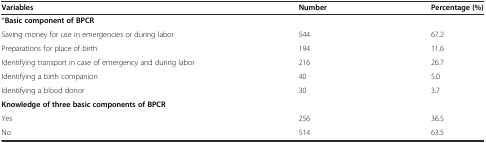
<table><thead><tr><td><b>Variables</b></td><td><b>Number</b></td><td><b>Percentage (%)</b></td></tr></thead><tbody><tr><td>*<b>Basic component of BPCR</b></td><td></td><td></td></tr><tr><td>Saving money for use in emergencies or during labor</td><td>544</td><td>67.2</td></tr><tr><td>Preparations for place of birth</td><td>194</td><td>11.6</td></tr><tr><td>Identifying transport in case of emergency and during labor</td><td>216</td><td>26.7</td></tr><tr><td>Identifying a birth companion</td><td>40</td><td>5.0</td></tr><tr><td>Identifying a blood donor</td><td>30</td><td>3.7</td></tr><tr><td><b>Knowledge of three basic components of BPCR</b></td><td></td><td></td></tr><tr><td>Yes</td><td>256</td><td>36.5</td></tr><tr><td>No</td><td>514</td><td>63.5</td></tr></tbody></table>